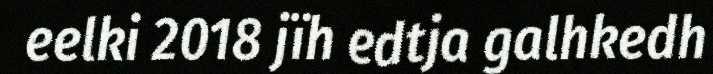
eelki 2018 jïh edtja galhkedh